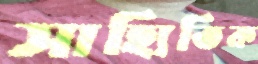
সাহ্যিতিক